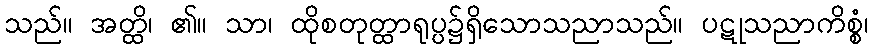
သည်။ အတ္ထိ၊ ၏။ သာ၊ ထိုစတုတ္ထာရုပ္ပ၌ရှိသောသညာသည်။ ပဋုသညာကိစ္စံ၊